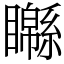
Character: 𥌣